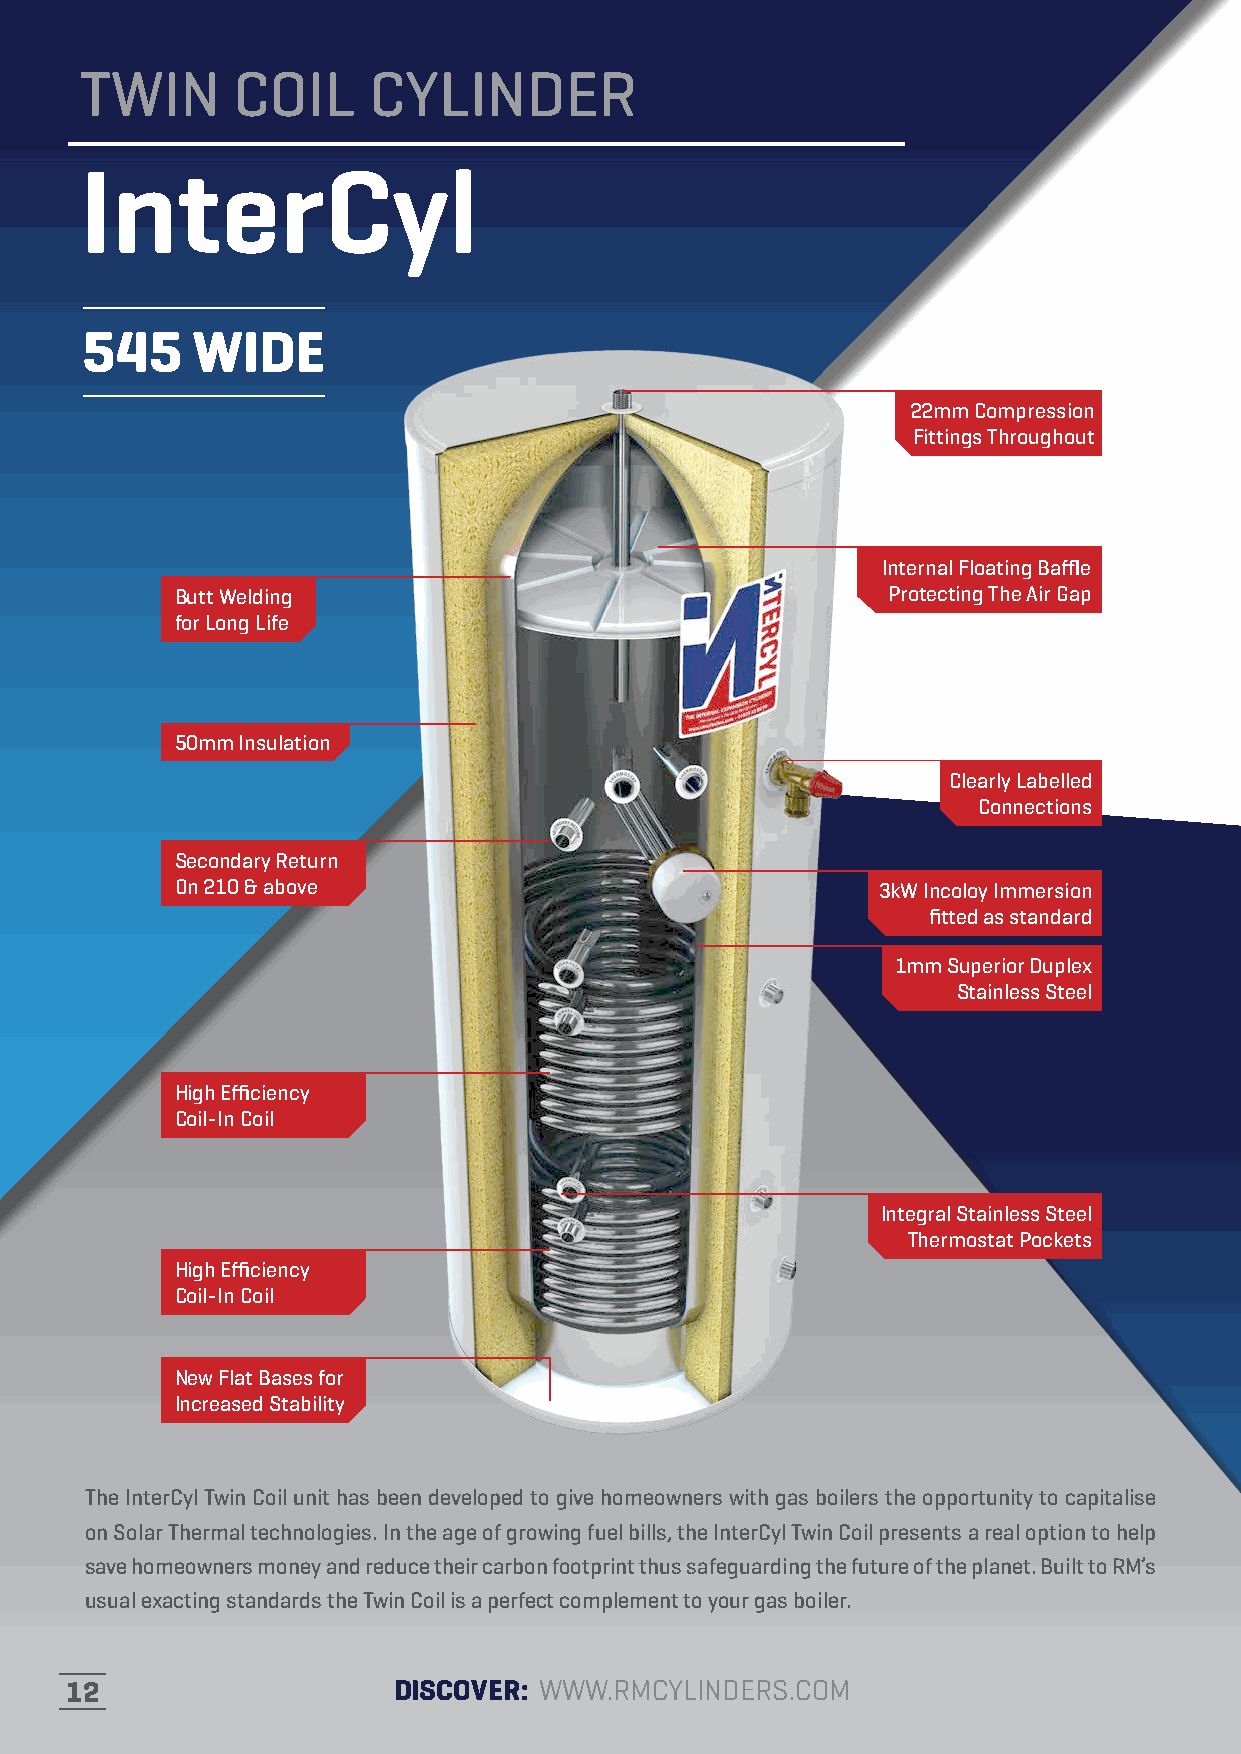
TWIN      COIL     CYLINDER
 InterCyl
 545     WIDE
 22mm Compression
 Fittings Throughout
 Internal Floating Baffle
 Butt Welding                                   Protecting The Air Gap
 for Long Life
 50mm Insulation
 Clearly Labelled
 Connections
 Secondary Return
 On 210 & above                                3kW Incoloy Immersion
 fitted as standard
 1mm Superior Duplex
 Stainless Steel
 High Efficiency
 Coil-In Coil
 Integral Stainless Steel
 Thermostat Pockets
 High Efficiency
 Coil-In Coil
 New Flat Bases for
 Increased Stability
 The InterCyl Twin Coil unit has been developed to give homeowners with gas boilers the opportunity to capitalise
 on Solar Thermal technologies. In the age of growing fuel bills, the InterCyl Twin Coil presents a real option to help
 save homeowners money and reduce their carbon footprint thus safeguarding the future of the planet. Built to RM’s
 usual exacting standards the Twin Coil is a perfect complement to your gas boiler.
 12                    DISCOVER: WWW.RMCYLINDERS.COM                    10